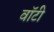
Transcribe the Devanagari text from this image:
वाॅटी